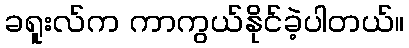
ခရူးလ်က ကာကွယ်နိုင်ခဲ့ပါတယ်။